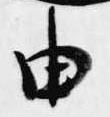
由